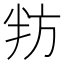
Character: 𭁌